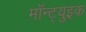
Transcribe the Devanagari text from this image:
मॉन्ट्युइक